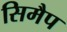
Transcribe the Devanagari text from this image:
सिमैप